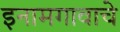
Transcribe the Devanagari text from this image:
इनामगावाचे